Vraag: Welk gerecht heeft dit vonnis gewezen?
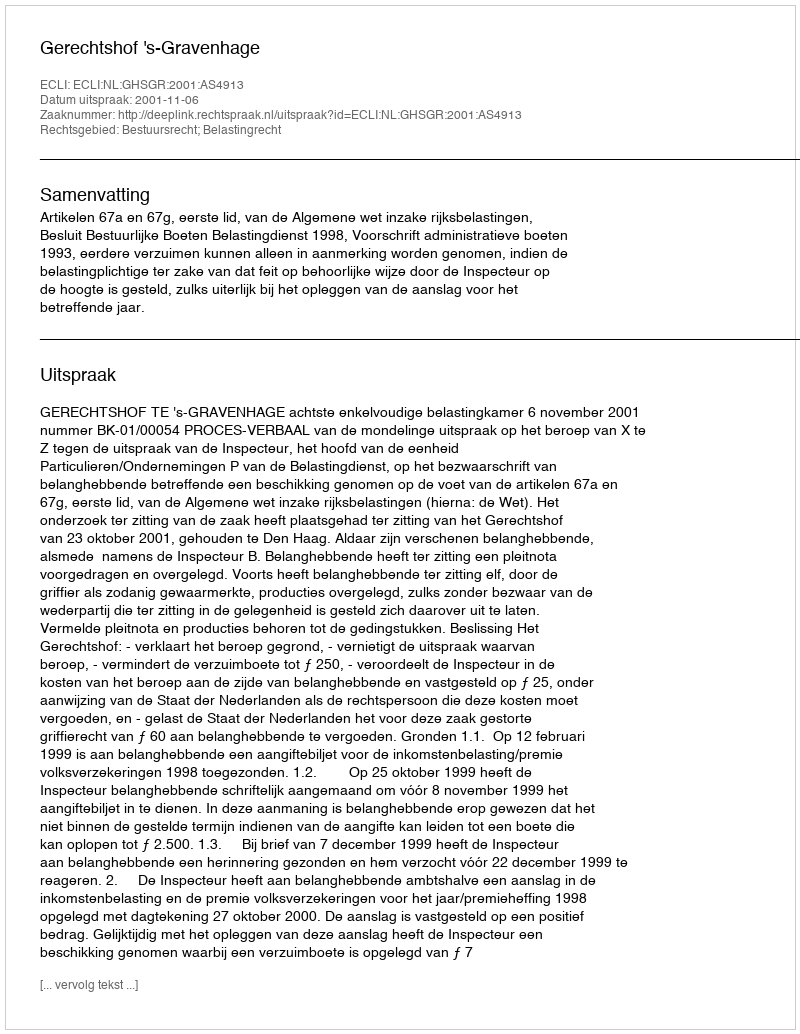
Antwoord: Gerechtshof 's-Gravenhage